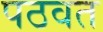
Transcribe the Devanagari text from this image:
पठवत